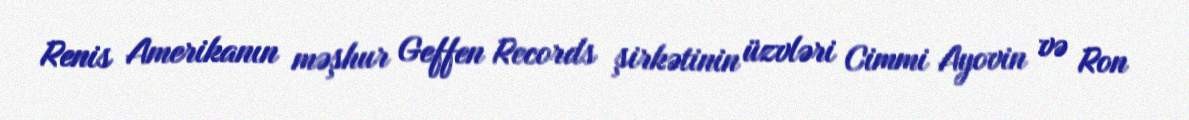
Renis Amerikanın məşhur Geffen Records şirkətinin üzvləri Cimmi Ayovin və Ron